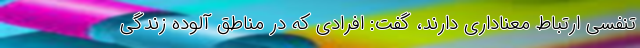
تنفسی ارتباط معناداری دارند، گفت: افرادی که در مناطق آلوده زندگی